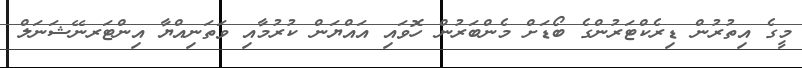
މީގެ އިތުރުން ޑިރެކްޓަރުންގެ ބޯޑަށް މެންބަރުން ހޮވައި އައްޔަން ކުރުމާއި ވަތަނިއްޔާ އިންޓަރނޭޝަނަލް